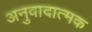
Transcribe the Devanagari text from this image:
अनुवादात्मक